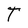
Character: T